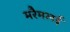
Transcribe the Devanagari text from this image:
मरैमलई